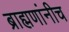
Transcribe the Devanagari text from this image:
ब्राह्मणांनीच